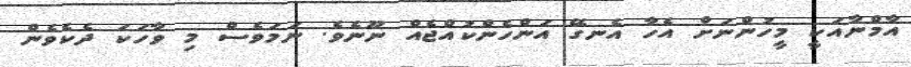
އާމްނާއަކީ މީހުންނަށް އެހާ އެނގޭ އަންހެންކުއްޖެއް ނޫނެވެ. ނަމަވެސް މި ވާހަކަ ދެކެވެން